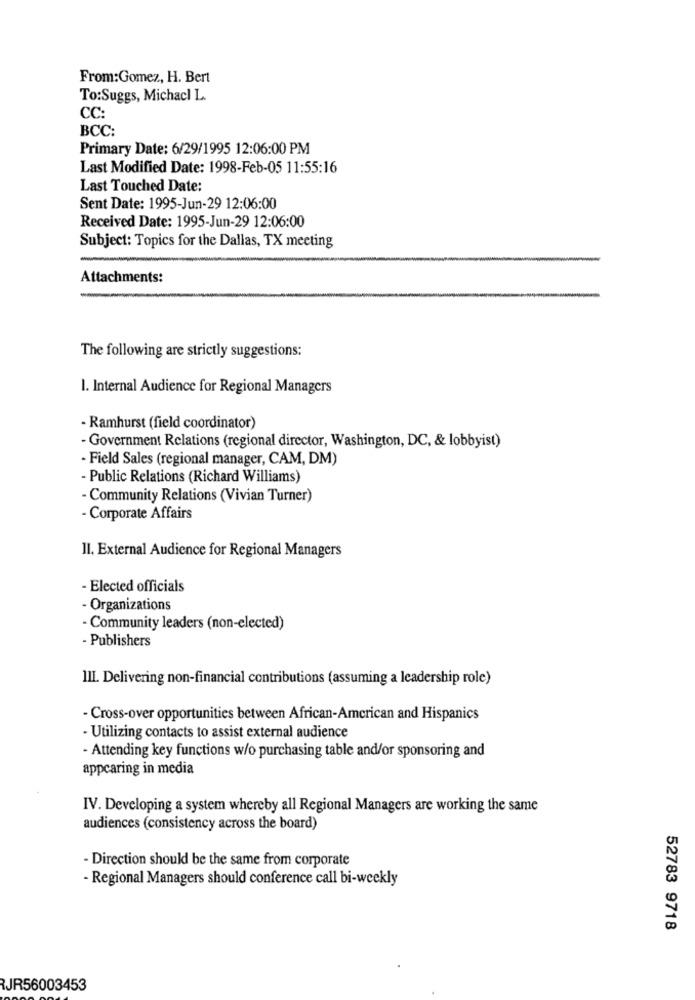
From:Gomez, H. Bert
To:Suggs, Michacl L.
CC:
BCC:
Primary Date: 6/29/1995 12:06:00 PM
Last Modified Date: 1998-Feb-05 11:55:16
Last Touched Date:
Sent Date: 1995-Jun-29 12:06:00
Received Date: 1995-Jun-29 12:06:00
Subject: Topics for the Dallas, TX meeting
Attachments:
The following are strictly suggestions:
I. Internal Audience for Regional Managers
- Ramhurst (field coordinator)
- Government Relations (regional director, Washington, DC, & lobbyist)
- Field Sales (regional manager, CAM, DM)
- Public Relations (Richard Williams)
- Community Relations (Vivian Turner)
- Corporate Affairs
II. External Audience for Regional Managers
- Elected officials
- Organizations
- Community leaders (non-elected)
- Publishers
III. Delivering non-financial contributions (assuming a leadership role)
- Cross-over opportunities between African-American and Hispanics
- Utilizing contacts to assist external audience
- Attending key functions w/o purchasing table and/or sponsoring and
appcaring in media
IV. Developing a system whereby all Regional Managers are working the same
audiences (consistency across the board)
- Direction should be the same from corporate
- Regional Managers should conference call bi-weekly
52783 9718
RJR56003453